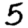
Digit: 5